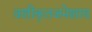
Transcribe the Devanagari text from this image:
वशीकृतजनेशाय